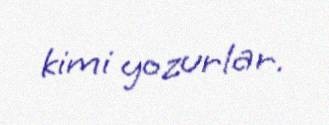
kimi yozurlar.